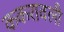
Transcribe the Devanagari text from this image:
ककरावली